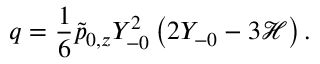
q = \frac { 1 } { 6 } \tilde { p } _ { 0 , z } Y _ { - 0 } ^ { 2 } \left( 2 Y _ { - 0 } - 3 \mathcal { H } \right) .